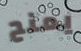
يمنح